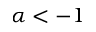
\alpha < - 1